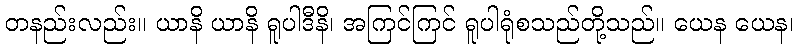
တနည်းလည်း။ ယာနိ ယာနိ ရူပါဒီနိ၊ အကြင်ကြင် ရူပါရုံစသည်တို့သည်။ ယေန ယေန၊